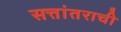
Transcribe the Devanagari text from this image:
सत्तांतराची